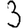
Digit: 3